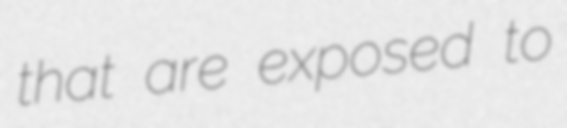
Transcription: that are exposed to